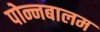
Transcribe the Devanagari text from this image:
पोन्नबालम